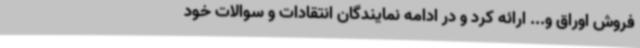
فروش اوراق و... ارائه کرد و در ادامه نمایندگان انتقادات و سوالات خود